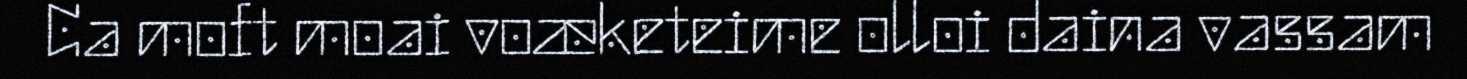
Ca moft moai voæketeime olloi daina vassam